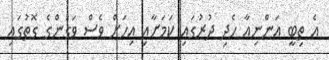
އެ ތިބީ އަންނިއާ ހެދި ދުރުގައި ކަމަށާއި އިހަށް ވެސް ވަގުންގެ ގޮތުގައި